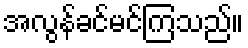
အလွန်ခင်မင်ကြသည်။